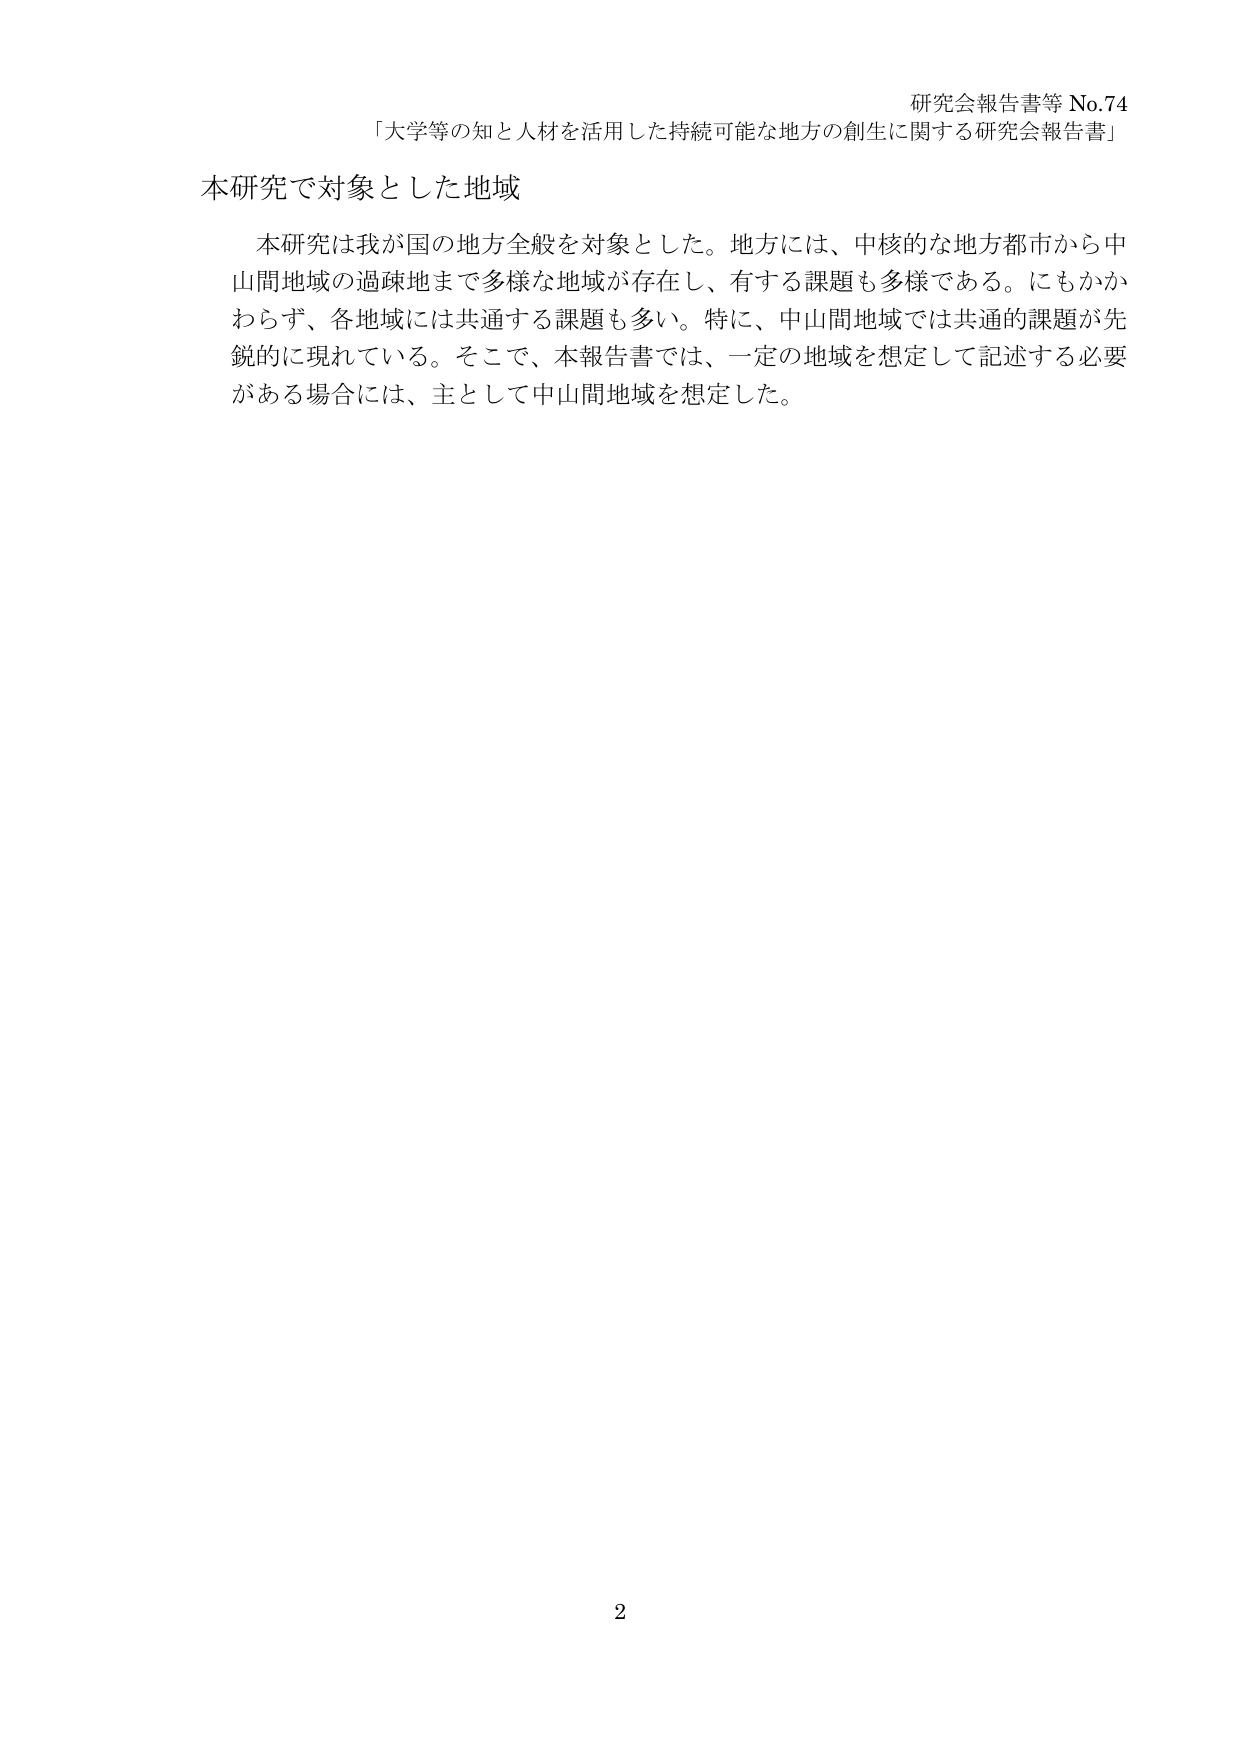
研究会報告書等 No.74
「大学等の知と人材を活用した持続可能な地方の創生に関する研究会報告書」

本研究で対象とした地域

本研究は我が国の地方全般を対象とした。地方には、中核的な地方都市から中山間地域の過疎地まで多様な地域が存在し、有する課題も多様である。にもかかわらず、各地域には共通する課題も多い。特に、中山間地域では共通的課題が先鋭的に現れている。そこで、本報告書では、一定の地域を想定して記述する必要がある場合には、主として中山間地域を想定した。

2